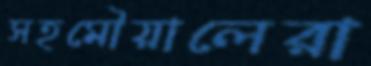
সহমৌয়ালেরা